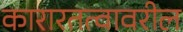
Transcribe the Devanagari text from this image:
कारारतत्वावरील